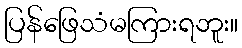
ပြန်ဖြေသံမကြားရဘူး။